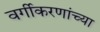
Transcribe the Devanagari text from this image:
वर्गीकरणांच्या